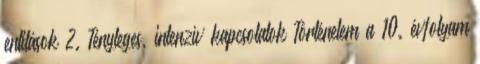
entitások 2. Tényleges, intenzív kapcsolatok Történelem a 10. évfolyam